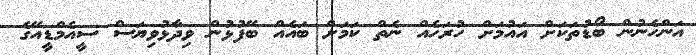
އަންހެނުން ބޯޑުތަކަށް އައުމަށް ހުރަހެއް ނެތް ކަމަށް ބައެއް ބޭފުޅުން ވިދާޅުވިޔަސް ސީއެމްޑީއޭގެ